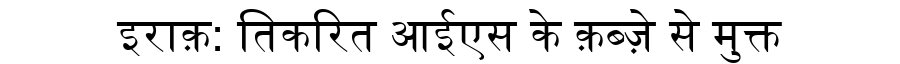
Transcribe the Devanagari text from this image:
इराक़: तिकरित आईएस के क़ब्ज़े से मुक्त